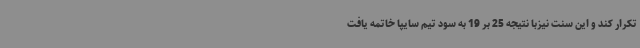
تکرار کند و این سنت نیزبا نتیجه 25 بر 19 به سود تیم سایپا خاتمه یافت